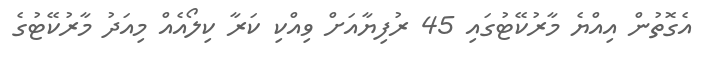
އެގޮތުން އިއްޔެ މާރުކޭޓުގައި 45 ރުފިޔާއަށް ވިއްކި ކަރާ ކިލޯއެއް މިއަދު މާރުކޭޓުގެ